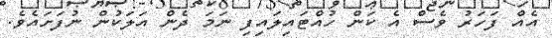
އެއް ފަހަރު ވެސް އެ ކަން ހުއްޓައިލައިފި ނަމަ ދެން އަލަކުން ނުފަށައެވެ.